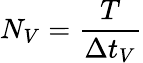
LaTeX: N_{V}=\frac{T}{\Delta t_{V}}